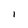
Character: l